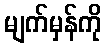
မျက်မှန်ကို